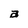
Character: a